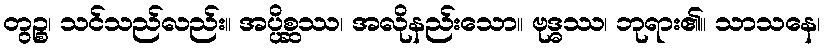
တွဉ္စ၊ သင်သည်လည်း။ အပ္ပိစ္ဆဿ၊ အလိုနည်းသော။ ဗုဒ္ဓဿ၊ ဘုရား၏။ သာသနေ၊